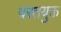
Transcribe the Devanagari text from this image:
परतयुक्त